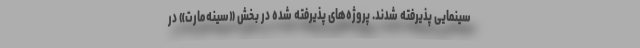
سینمایی پذیرفته شدند. پروژه‌های پذیرفته شده در بخش «سینه‌مارت» در